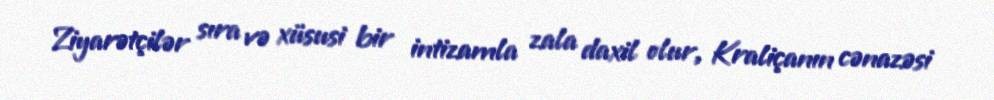
Ziyarətçilər sıra və xüsusi bir intizamla zala daxil olur, Kraliçanın cənazəsi